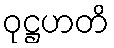
ဝုဋ္ဌဟတိ